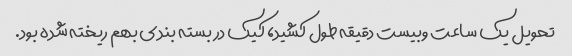
تحویل یک ساعت و‌بیست دقیقه طول کشید، کیک در بسته بندی بهم ریخته شده بود.